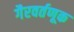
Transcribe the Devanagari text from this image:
गैरवर्तणूक